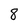
Character: 8